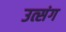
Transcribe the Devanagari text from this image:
उत्संग